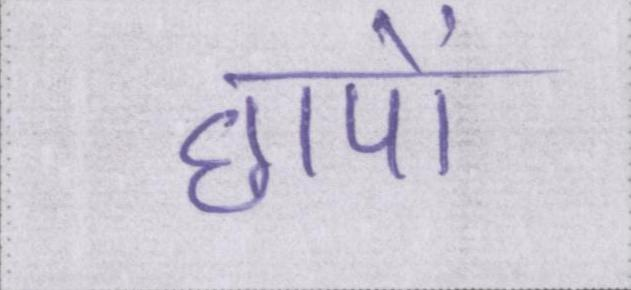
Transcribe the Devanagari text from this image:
छापों